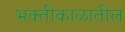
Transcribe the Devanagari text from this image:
भक्तीकाळातील